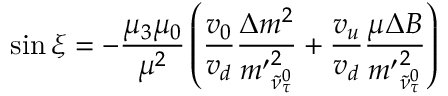
\sin \xi = - \frac { \mu _ { 3 } \mu _ { 0 } } { \mu ^ { 2 } } \left( \frac { v _ { 0 } } { v _ { d } } \frac { \Delta m ^ { 2 } } { { m ^ { \prime } } _ { \tilde { \nu } _ { \tau } ^ { 0 } } ^ { 2 } } + \frac { v _ { u } } { v _ { d } } \frac { \mu \Delta B } { { m ^ { \prime } } _ { \tilde { \nu } _ { \tau } ^ { 0 } } ^ { 2 } } \right)